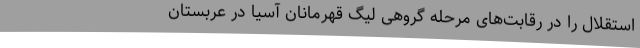
استقلال را در رقابت‌های مرحله گروهی لیگ قهرمانان آسیا در عربستان